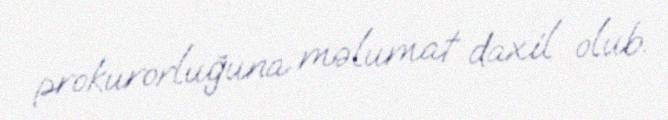
prokurorluğuna məlumat daxil olub.